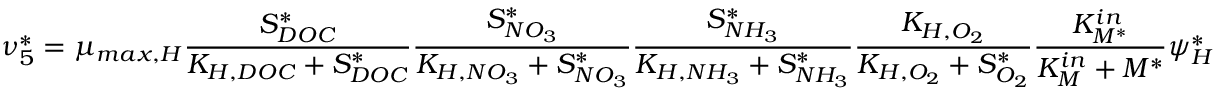
\nu _ { 5 } ^ { * } = \mu _ { m a x , H } \frac { S _ { D O C } ^ { * } } { K _ { H , D O C } + S _ { D O C } ^ { * } } \frac { S _ { N O _ { 3 } } ^ { * } } { K _ { H , N O _ { 3 } } + S _ { N O _ { 3 } } ^ { * } } \frac { S _ { N H _ { 3 } } ^ { * } } { K _ { H , N H _ { 3 } } + S _ { N H _ { 3 } } ^ { * } } \frac { K _ { H , O _ { 2 } } } { K _ { H , O _ { 2 } } + S _ { O _ { 2 } } ^ { * } } \frac { K _ { M ^ { * } } ^ { i n } } { K _ { M } ^ { i n } + M ^ { * } } \psi _ { H } ^ { * }